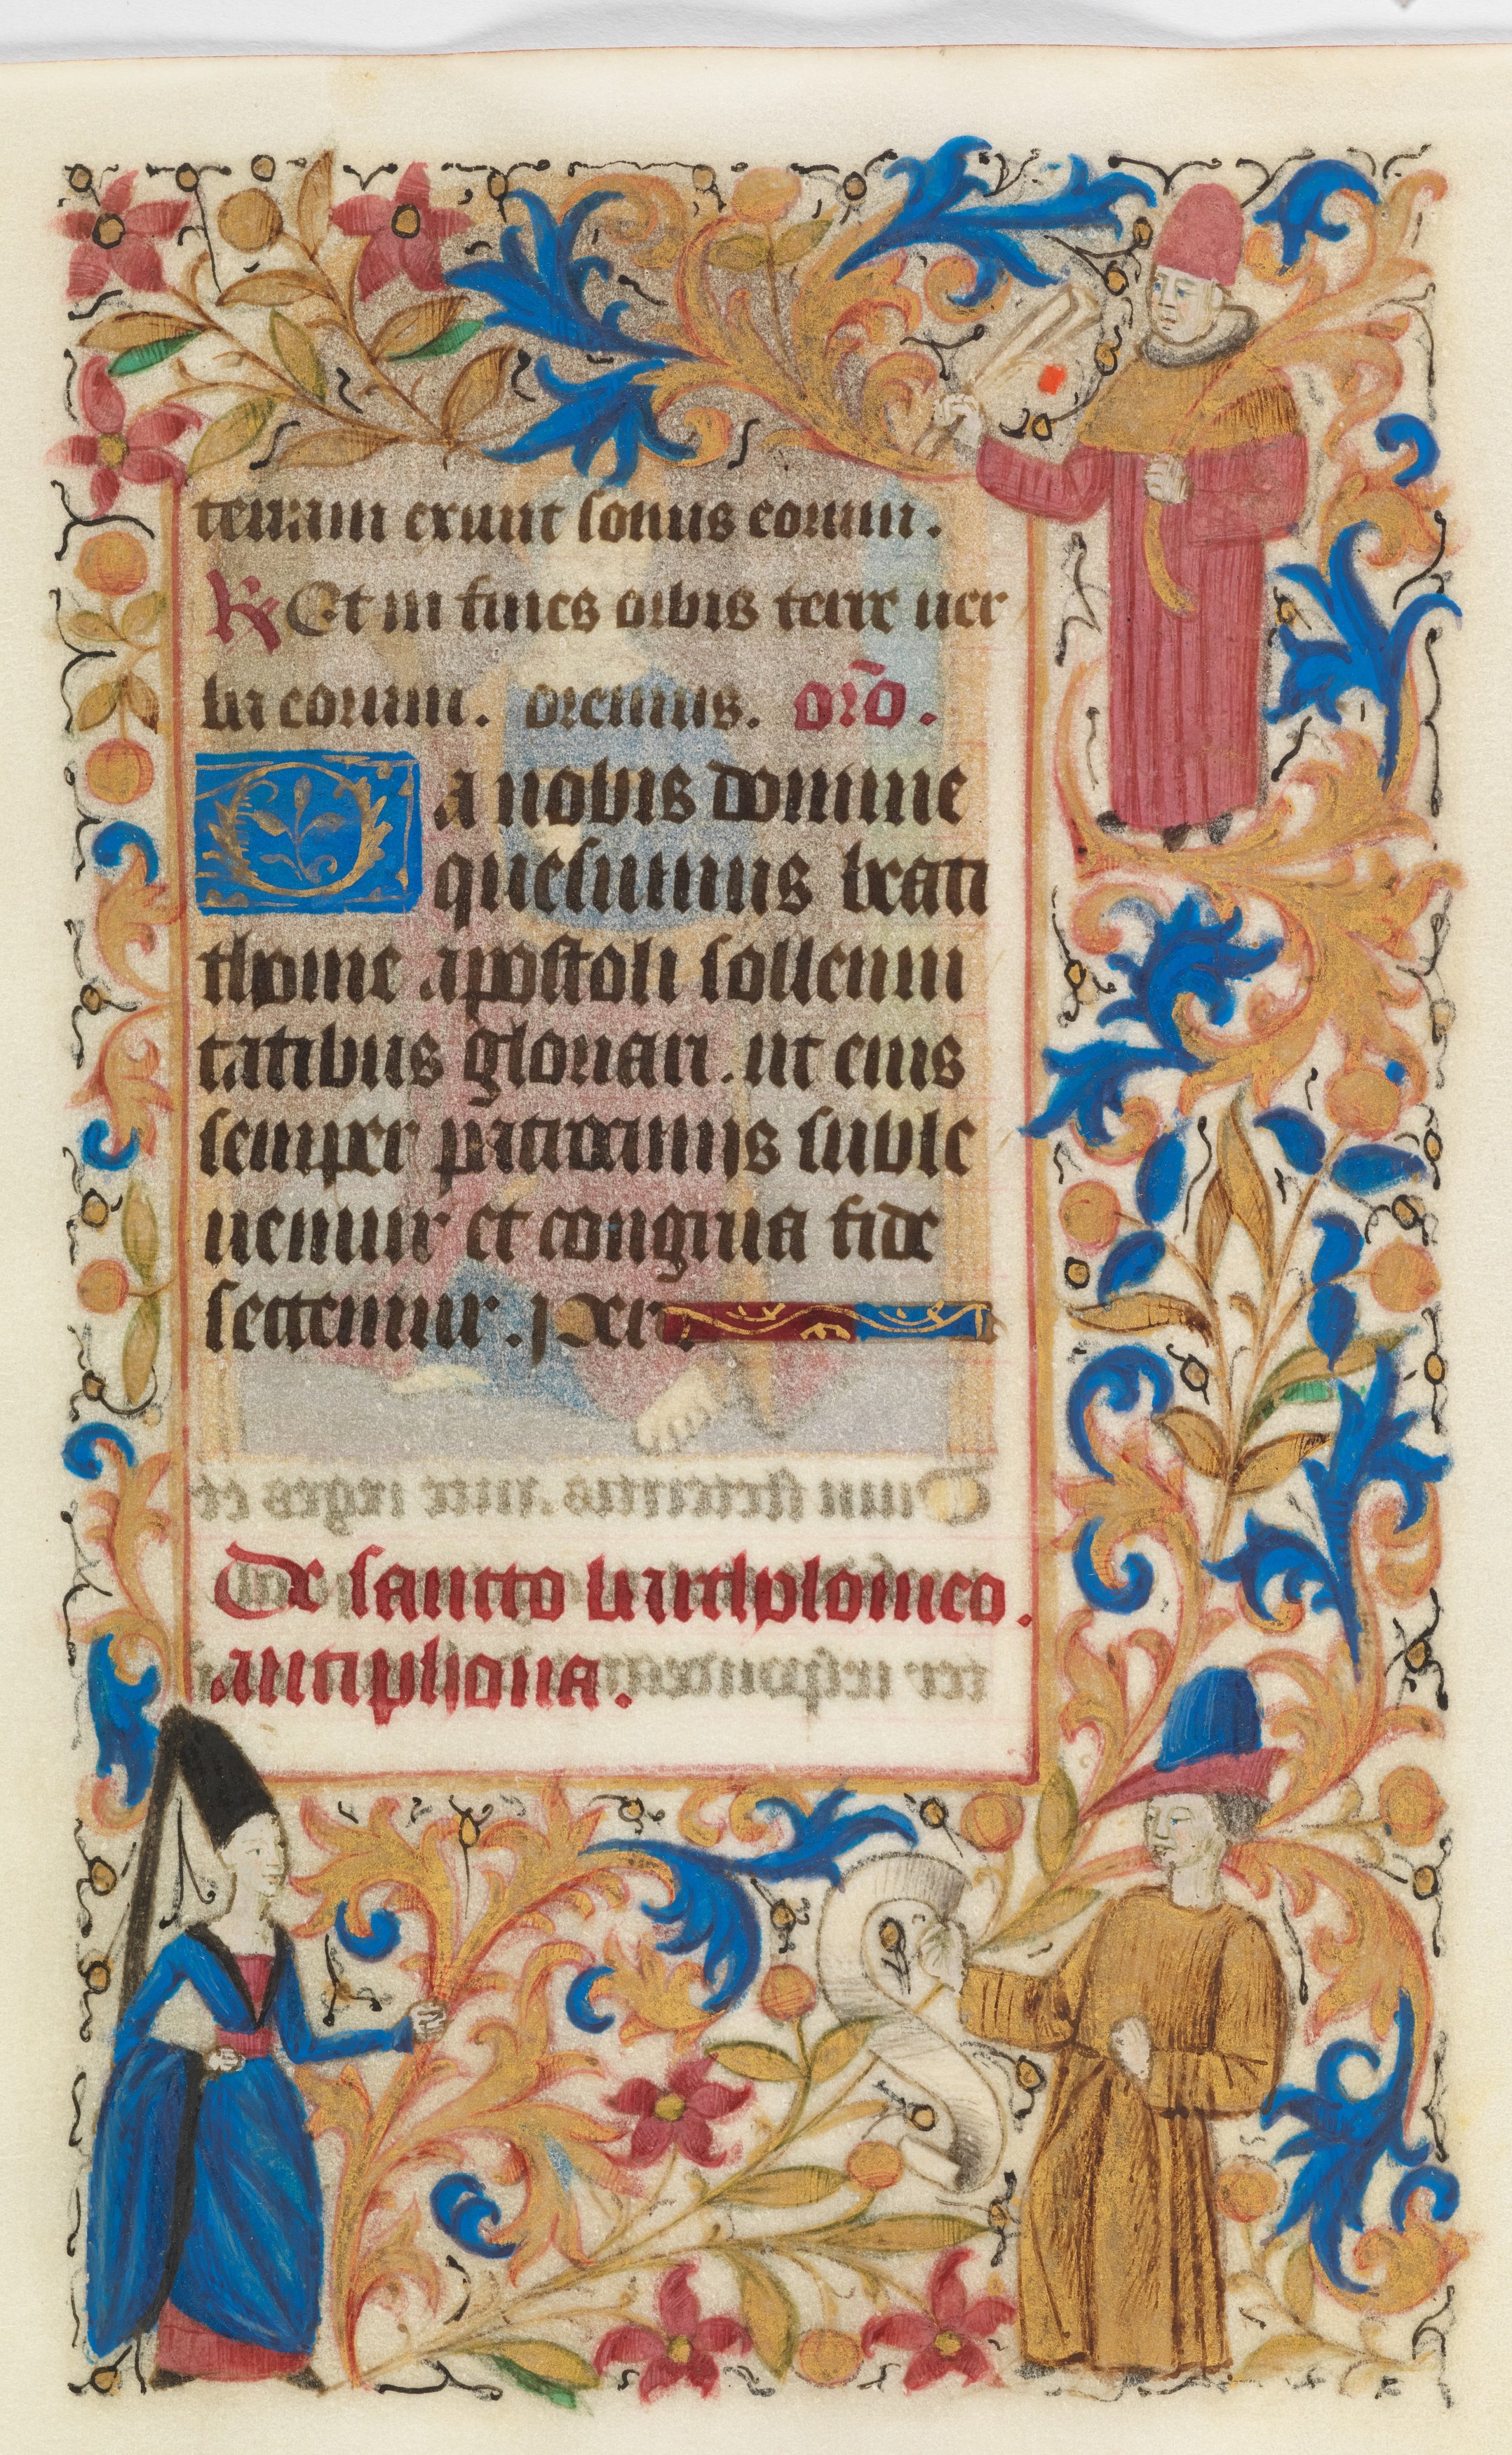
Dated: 1450–1460